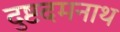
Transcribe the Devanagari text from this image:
दुष्टदमनाथ